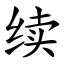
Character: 续